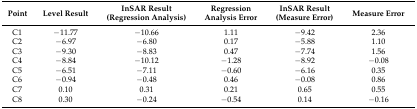
| Point | Level Result | InSAR Result (Regression Analysis) | Regression Analysis Error | InSAR Result (Measure Error) | Measure Error |
 | --- | --- | --- | --- | --- | --- |
 | C1 | −11.77 | −10.66 | 1.11 | −9.42 | 2.36 |
 | C2 | −6.97 | −6.80 | 0.17 | −5.88 | 1.10 |
 | C3 | −9.30 | −8.83 | 0.47 | −7.74 | 1.56 |
 | C4 | −8.84 | −10.12 | −1.28 | −8.92 | −0.08 |
 | C5 | −6.51 | −7.11 | −0.60 | −6.16 | 0.35 |
 | C6 | −0.94 | −0.48 | 0.46 | −0.08 | 0.86 |
 | C7 | 0.10 | 0.31 | 0.21 | 0.65 | 0.55 |
 | C8 | 0.30 | −0.24 | −0.54 | 0.14 | −0.16 |